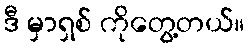
ဒီ မှာရှစ် ကိုတွေ့တယ်။